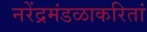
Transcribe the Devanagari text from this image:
नरेंद्रमंडळाकरितां